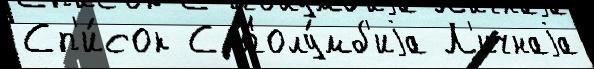
Сп'и́сок С Колу́мб'иjа Л'ичнаjа